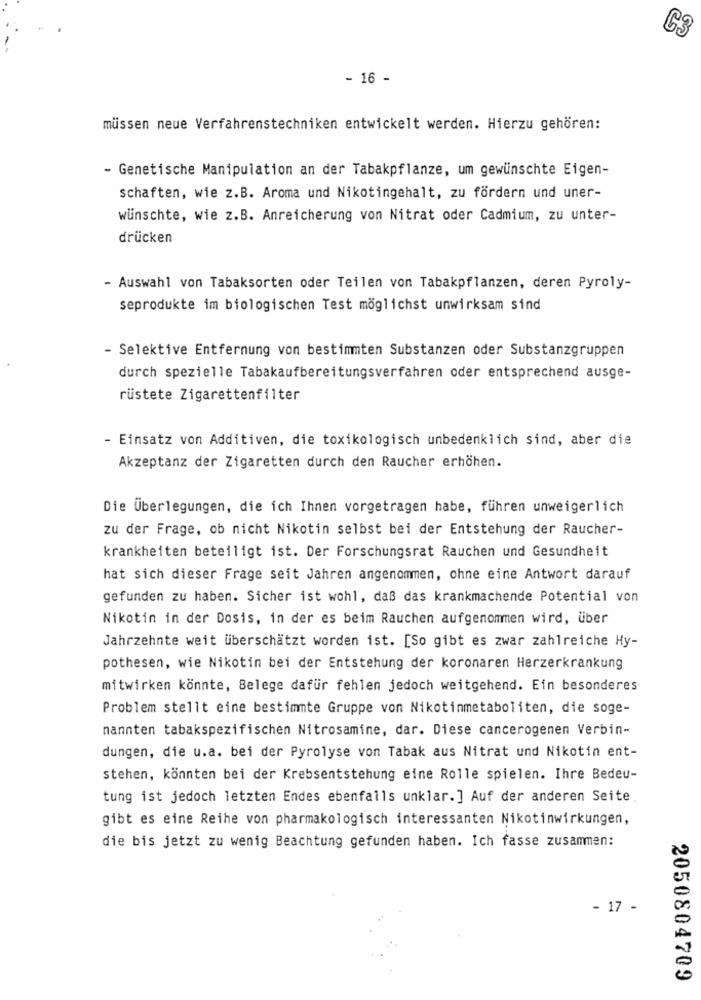
C3
- 16 -
müssen neue Verfahrenstechniken entwickelt werden. Hierzu gehören:
- Genetische Manipulation an der Tabakpflanze, um gewünschte Eigen-
schaften, wie z.B. Aroma und Nikotingehalt, zu fördern und uner-
wünschte, wie z.B. Anreicherung von Nitrat oder Cadmium, zu unter-
drücken
- Auswahl von Tabaksorten oder Teilen von Tabakpflanzen, deren Pyroly-
seprodukte im biologischen Test möglichst unwirksam sind
- Selektive Entfernung von bestimmten Substanzen oder Substanzgruppen
durch spezielle Tabakaufbereitungsverfahren oder entsprechend ausge-
rüstete Zigarettenfilter
- Einsatz von Additiven, die toxikologisch unbedenklich sind, aber die
Akzeptanz der Zigaretten durch den Raucher erhöhen.
Die Überlegungen, die ich Ihnen vorgetragen habe, führen unweigerlich
zu der Frage, ob nicht Nikotin selbst bei der Entstehung der Raucher-
krankheiten beteiligt ist. Der Forschungsrat Rauchen und Gesundheit
hat sich dieser Frage seit Jahren angenommen, ohne eine Antwort darauf
gefunden zu haben. Sicher ist wohl, daß das krankmachende Potential von
Nikotin in der Dosis, in der es beim Rauchen aufgenommen wird, über
Jahrzehnte weit überschätzt worden ist. [So gibt es zwar zahlreiche Hy-
pothesen, wie Nikotin bei der Entstehung der koronaren Herzerkrankung
mitwirken könnte, Belege dafür fehlen jedoch weitgehend. Ein besonderes
Problem stellt eine bestimmte Gruppe von Nikotinmetaboliten, die soge-
nannten tabakspezifischen Nitrosamine, dar. Diese cancerogenen Verbin-
dungen, die u.a. bei der Pyrolyse von Tabak aus Nitrat und Nikotin ent-
stehen, könnten bei der Krebsentstehung eine Rolle spielen. Ihre Bedeu-
tung ist jedoch letzten Endes ebenfalls unklar. ] Auf der anderen Seite
gibt es eine Reihe von pharmakologisch interessanten Nikotinwirkungen,
die bis jetzt zu wenig Beachtung gefunden haben. Ich fasse zusammen:
- 17 -
2050804709